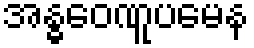
အန္ဓဝေဏူပမေန